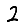
Digit: 2